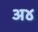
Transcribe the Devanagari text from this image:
अ४